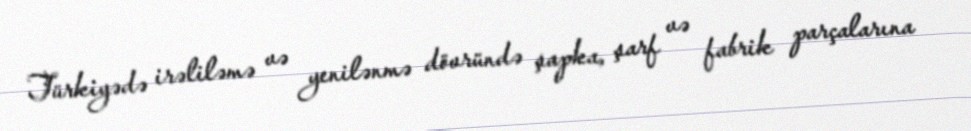
Türkiyədə irəliləmə və yenilənmə dövründə şapka, şarf və fabrik parçalarına